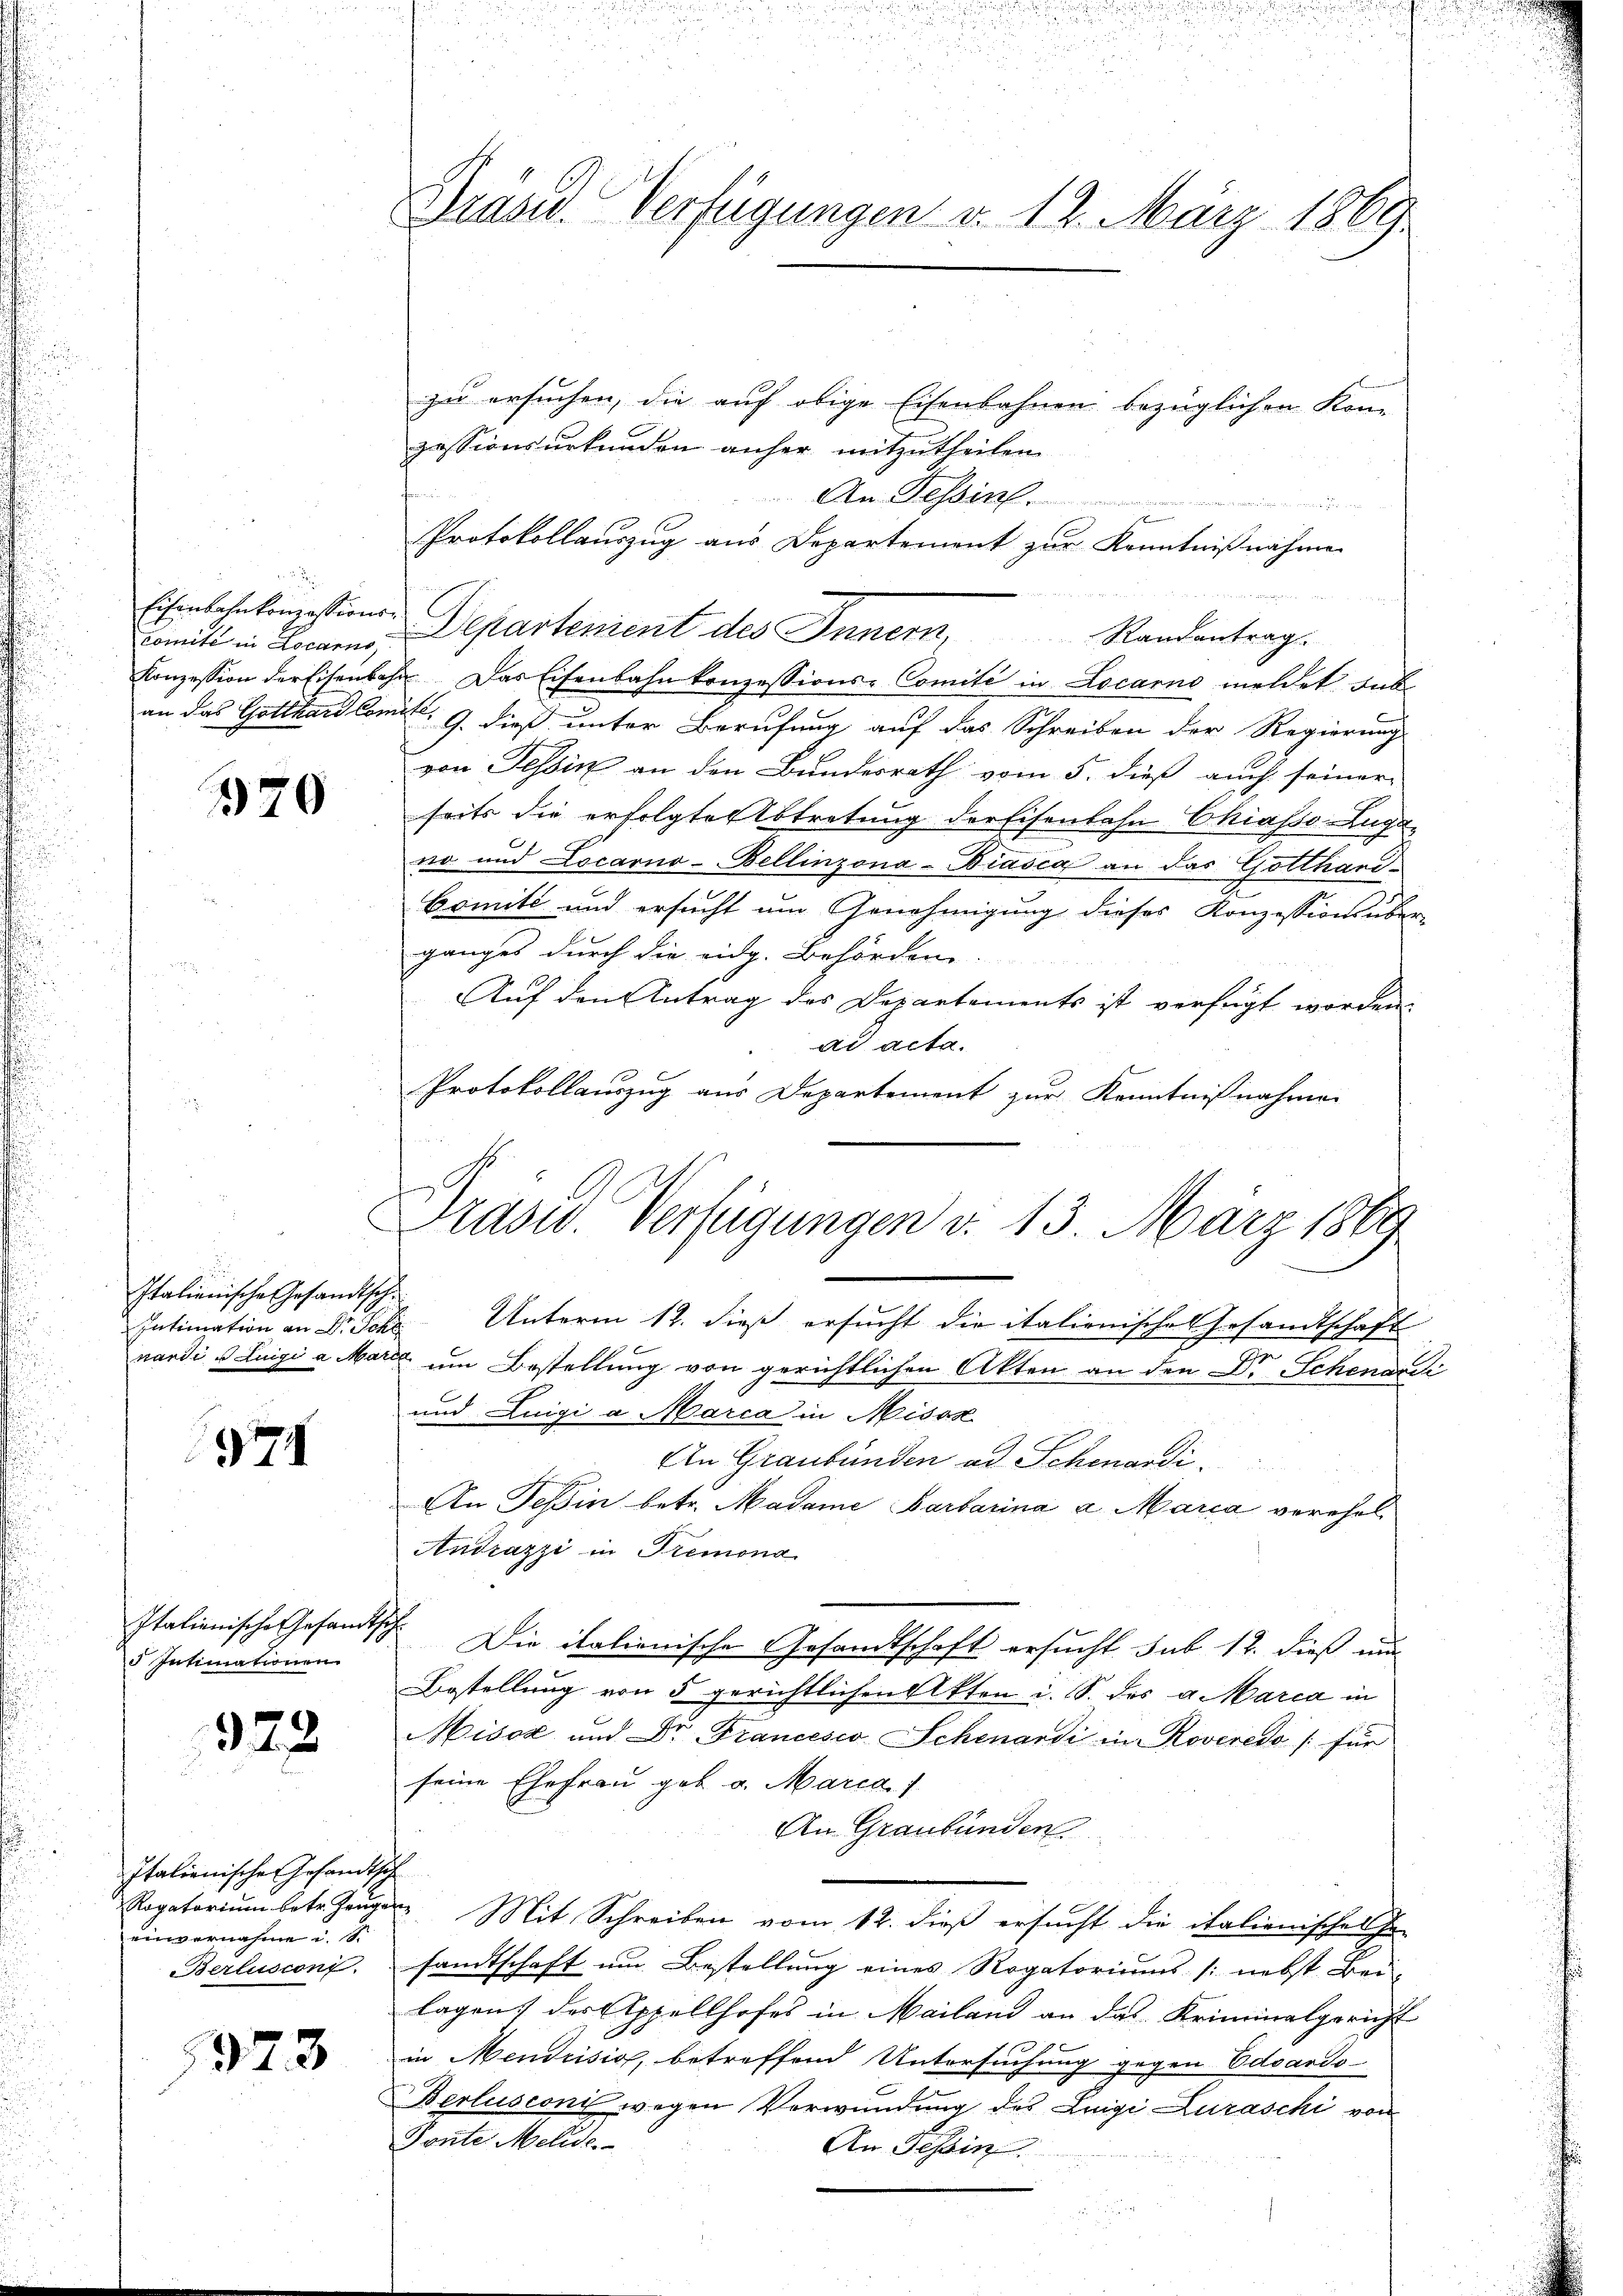
Eisenbahnkonzessions-

20

Italienische Gesandtsch
Intimation an Dr. Schl

971

Italienische Gesandtsch
 Intimationen

328

Italienische Gesandtsch
einvernahme u. d

973

zu ersuchen, die auf obige Eisenbahnen bezüglichen Kon-
zessionsurkunden anher mitzutheilen
An Tessin
r
u
Protokollauszug aus Departement zur Kenntnißnahme

Comitt in Locarno, Departenient des Innern, Randantrag.
Konzession der Eisenbahn. Das Eisenbahnkonzessions-Comité in Locarno meldet zur
an das Gotthard Comit 9. dieß unter Berufung auf das Schreiben der Regierung
von Tessin an den Bundesrath vom 5. dieß auch seiner
seits die erfolgte Abtretung der Eisenbahn Chiasso Luga
no und Locarno-Bellinzona-Biasca an das Gotthari¬
Comité und ersucht um Genehmigung dieses Konzessions über-
ganges durch die eidg. Behörden.
Auf den Antrag des Departements ist verfügt worden.
ad acta.
Protokollauszug aus Departement zur Kenntnißnahmen

Unterm 12. dieß ersucht die italienische Gesandtschaft
nardi Luigi a Marie um Bestellung von gerichtlichen Akten an den Dr Schenardi
und Luigi a Marca in Misox
An Graubünden ad Schmardi.
An Teßin betr. Madame Barbarina a Maria verehel
Andrazzi in Tremona
Die italienische Gesandtschaft ersucht, sub 12. dieß nun
Bestellung von 5 gerichtlichen Akten i. S. des a Marca in
isca und Dr Francesco Schenardi in Roveredo /: für
seine Ehefrau geb. v. Marca 1
An Graubünden
Rogatorium betr. Zeugen Mit Schreiben vom 12. dieß ersucht die italienischen se
Berlusconi, sandtschaft um Bestellung eines Rogatoriums /: nebst Bei-
lagen, des Appellhofes in Mailand an das Kriminalgericht
in Mendrisis, betreffend Untersuchung gegen Eduardo-
Berlusconi wegen Verwundung des Luigi Luraschi von
Fonte Melde
An Tessin.

Prasid. Verfügungen v. 12. März 1869

Drasu. Verfügungen d. 13. März 1889